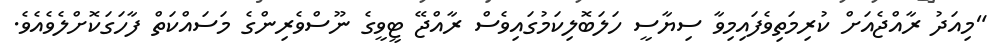
"މިއަދު ރާއްޖެއަށް ކުރިމަތިވެފައިމިވާ ސިޔާސީ ހަލަބޮލިކަމުގައިވެސް ރާއްޖޭ ޓީވީގެ ނޫސްވެރިންގެ މަސައްކަތް ފާހަގަކޮށްލެވެއެވެ.